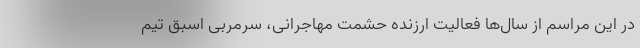
در این مراسم از سال‌ها فعالیت ارزنده حشمت مهاجرانی، سرمربی اسبق تیم